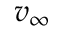
v _ { \infty }